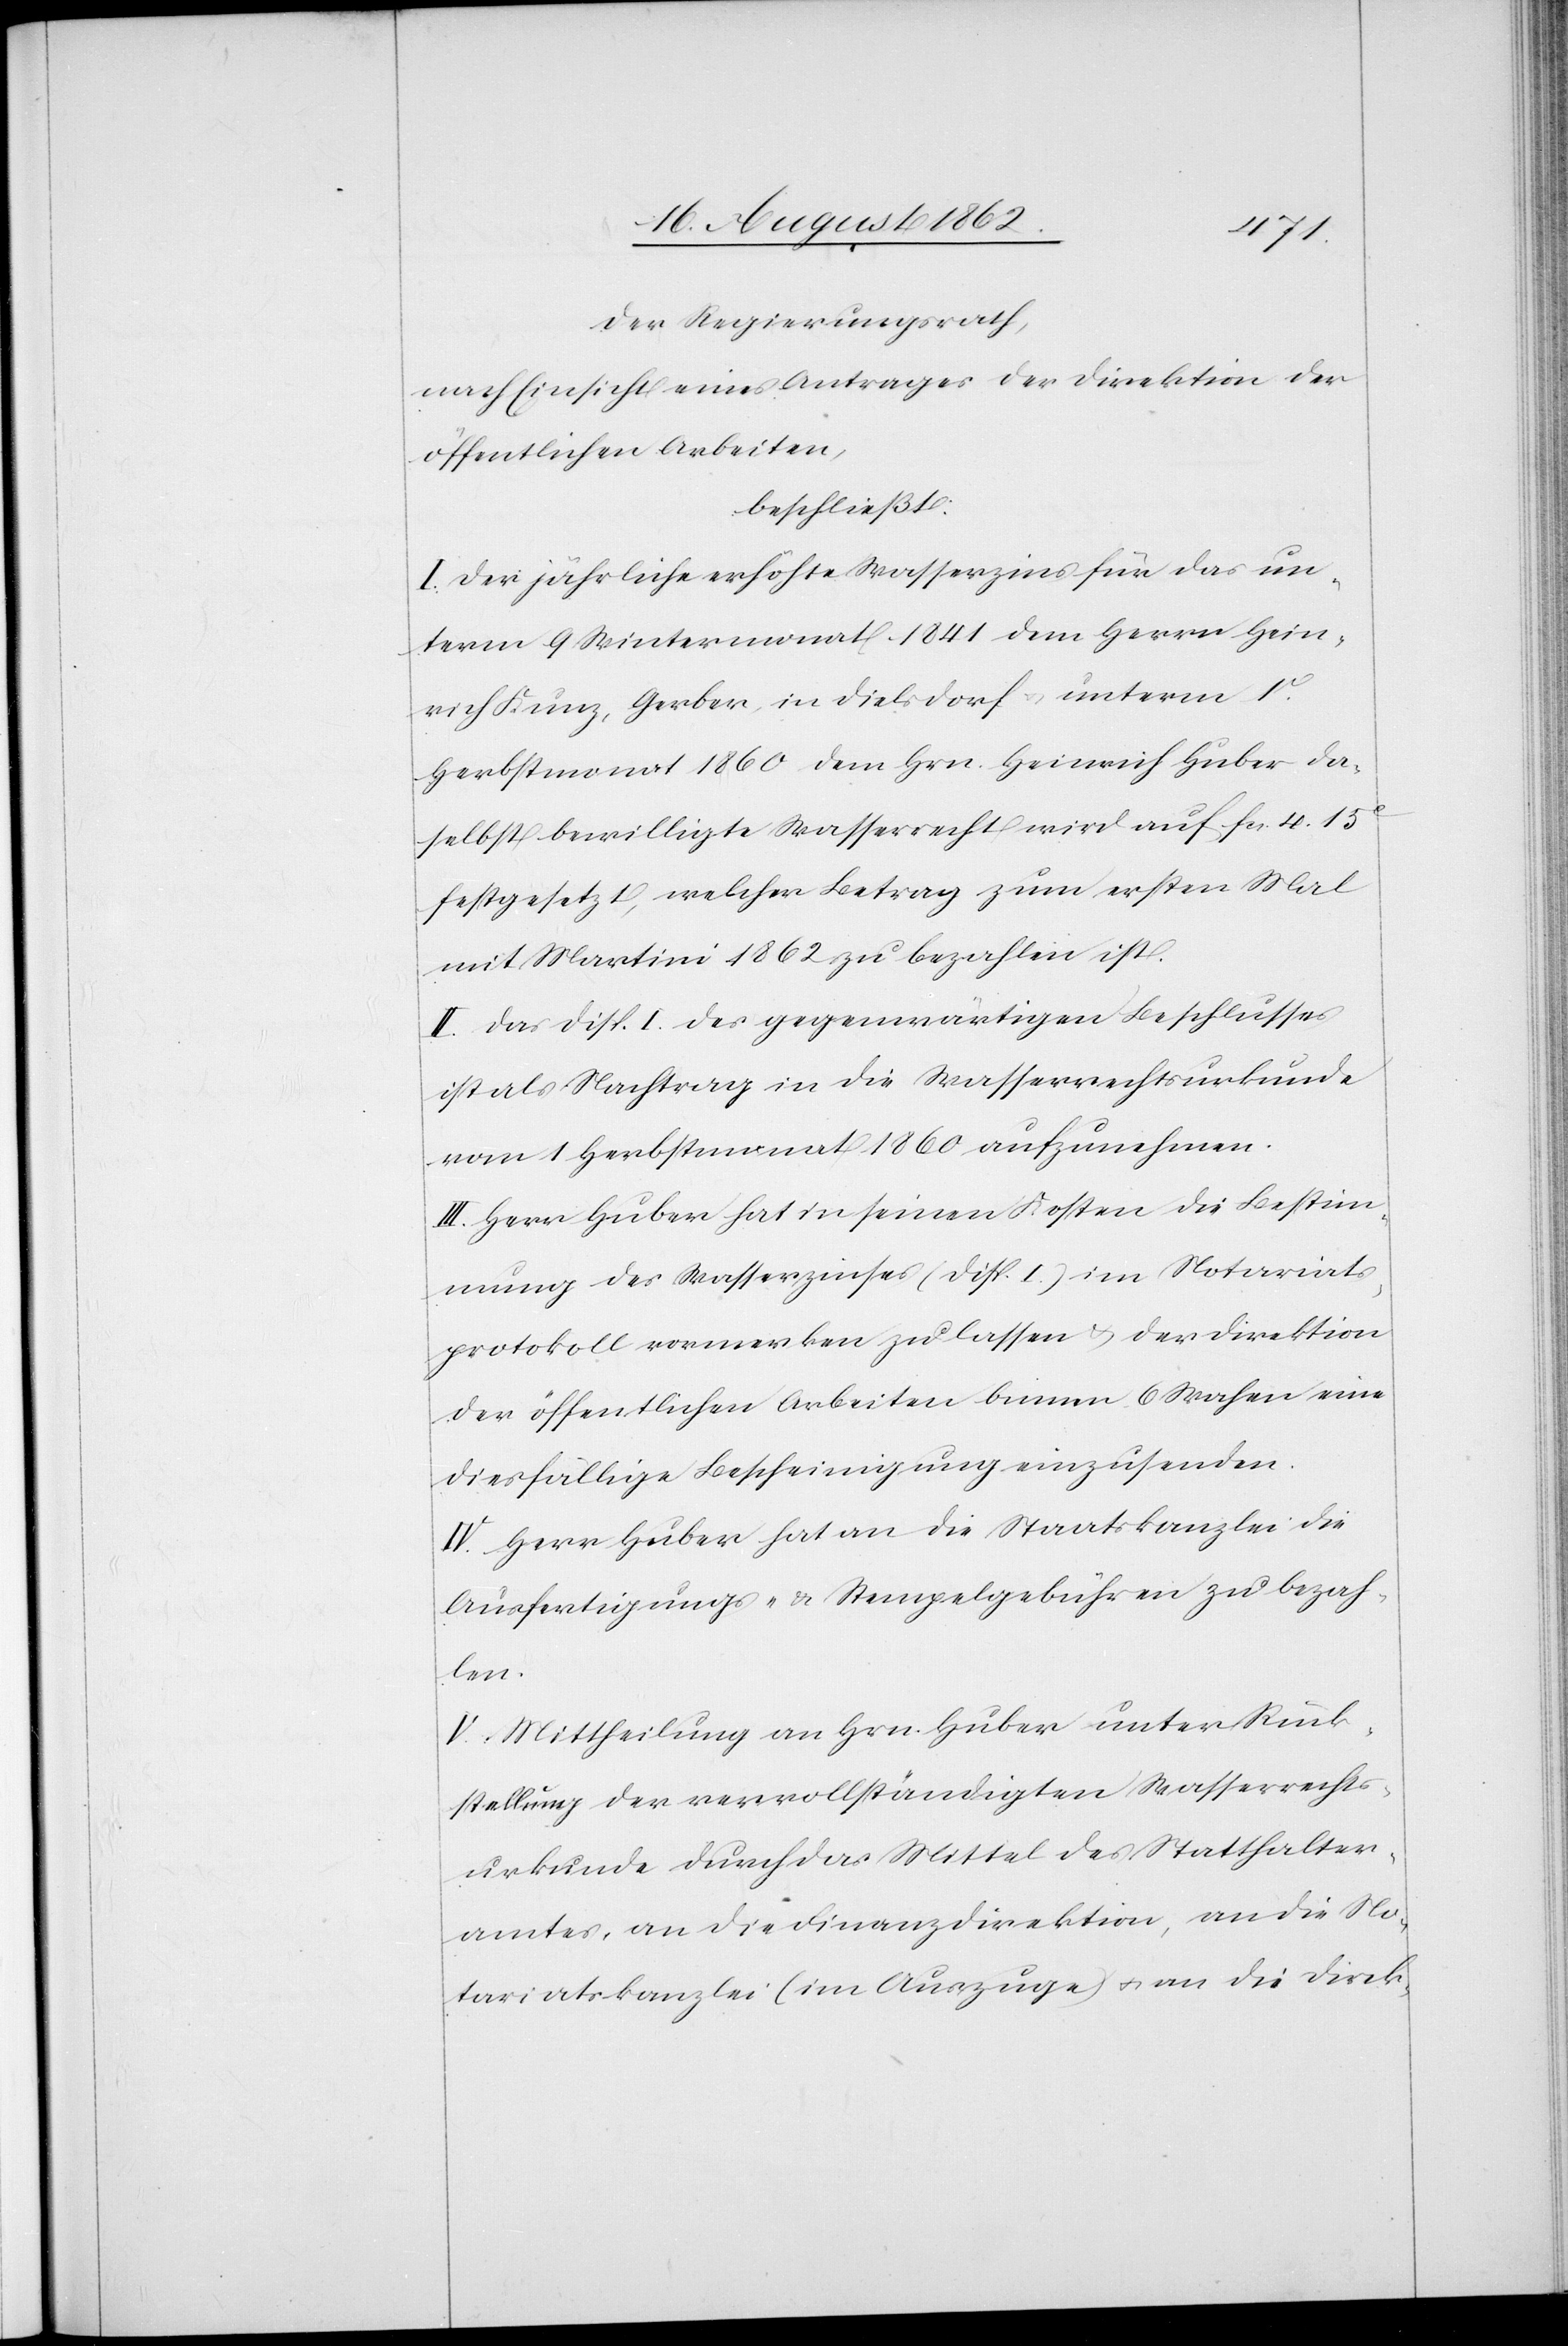
Der Regierungsrath,
nach Einsicht eines Antrages der Direktion der
öffentlichen Arbeiten,
beschließt:
I. Der jährliche erhöhte Wasserzins für das un¬
term 9. Wintermonat 1841 dem Herrn Hein¬
rich Kunz, Gerber, in Dielsdorf, unterm 1t
Herbstmonat 1860 dem Hrn. Heinrich Huber da¬
selbst bewilligte Wasserrecht wird auf fcs. 4 15C
festgesetzt, welcher Betrag zum ersten Mal
mit Martini 1862 zu bezahlen ist.
II. Das Disp. I. des gegenwärtigen Beschlusses
ist als Nachtrag in die Wasserrechtsurkunde
vom 1. Herbstmonat 1860 aufzunehmen.
III. Herr Huber hat in seinen Kosten die Bestim¬
mung des Wasserzinses (Disp. I.) im Notariats¬
protokoll vormerken zu lassen u. der Direktion
der öffentliche Arbeiten binnen 6 Wochen eine
diesfällige Bescheinigung einzusenden.
IV. Herr Huber hat an die Staatskanzlei die
Ausfertigungs- u. Stempelgebühren zu bezah¬
len.
V. Mittheilung an Hrn. Huber unter Rück¬
stellung der vervollständigten Wasserrechts¬
urkunde durch das Mittel des Statthalter¬
amtes, an die Finanzdirektion, an die No¬
tariatskanzlei (im Auszuge) u. an die Direk-